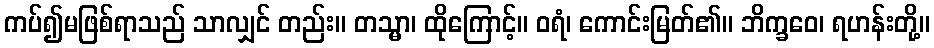
ကပ်၍မဖြစ်ရာသည် သာလျှင် တည်း။ တသ္မာ၊ ထိုကြောင့်။ ဝရံ၊ ကောင်းမြတ်၏။ ဘိက္ခဝေ၊ ရဟန်းတို့။